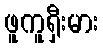
ဖူကူရှီးမား